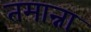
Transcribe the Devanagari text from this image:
तमान्ना